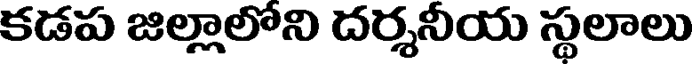
కడప జిల్లాలోని దర్శనీయ స్థలాలు